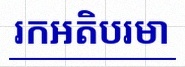
រកអតិបរមា